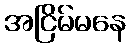
အငြိမ်မနေ